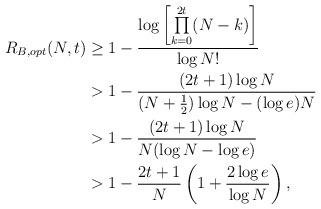
LaTeX: \begin{align*}R_{B,opt}(N,t)&\geq 1-\frac{\log \left[\prod\limits_{k=0}^{2t}(N-k)\right]}{\log N!}\\&>1-\frac{(2t+1)\log N}{(N+\frac{1}{2})\log N -(\log e)N}\\&>1-\frac{(2t+1)\log N}{N(\log N -\log e)}\\&>1-\frac{2t+1}{N}\left(1+\frac{2\log e}{\log N}\right),\\\end{align*}